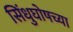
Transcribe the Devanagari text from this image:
सिंधुघोषच्या